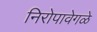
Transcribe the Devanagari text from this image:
निरोपावेगळे